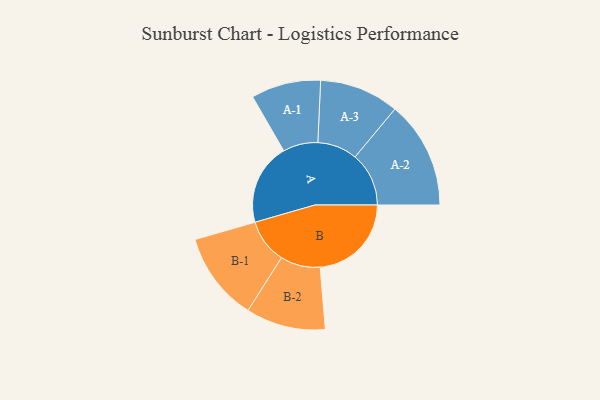
{"axis": {"x": "Segment", "y": "Value"}, "legend": ["", "A", "B"], "data": [{"x": "A", "y": 315, "type": ""}, {"x": "B", "y": 353, "type": ""}, {"x": "A-1", "y": 135, "type": "A"}, {"x": "A-2", "y": 208, "type": "A"}, {"x": "A-3", "y": 154, "type": "A"}, {"x": "B-1", "y": 172, "type": "B"}, {"x": "B-2", "y": 154, "type": "B"}]}